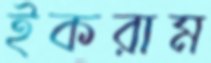
ইকরাম